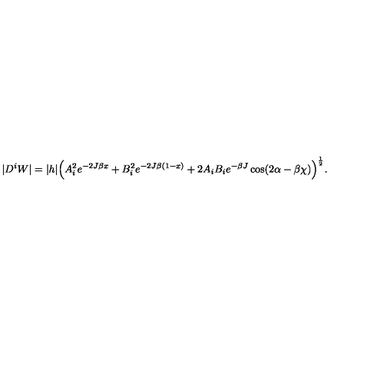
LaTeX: | D ^ { i } W | = | h | \Big ( A _ { i } ^ { 2 } e ^ { - 2 J \beta x } + B _ { i } ^ { 2 } e ^ { - 2 J \beta ( 1 - x ) } + 2 A _ { i } B _ { i } e ^ { - \beta J } \cos ( 2 \alpha - \beta \chi ) \Big ) ^ { \frac { 1 } { 2 } } .